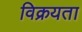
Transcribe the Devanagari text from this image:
विक्रयता